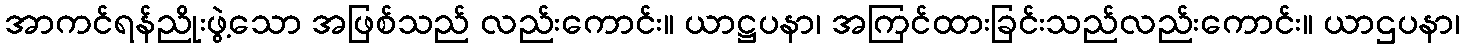
အာကင်ရန်ညိုးဖွဲ့သော အဖြစ်သည် လည်းကောင်း။ ယာဋ္ဌပနာ၊ အကြင်ထားခြင်းသည်လည်းကောင်း။ ယာဌပနာ၊